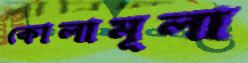
কোলামূলা